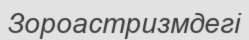
Зороастризмдегі